Report of the King Institute of Preventive Medicine, Guindy
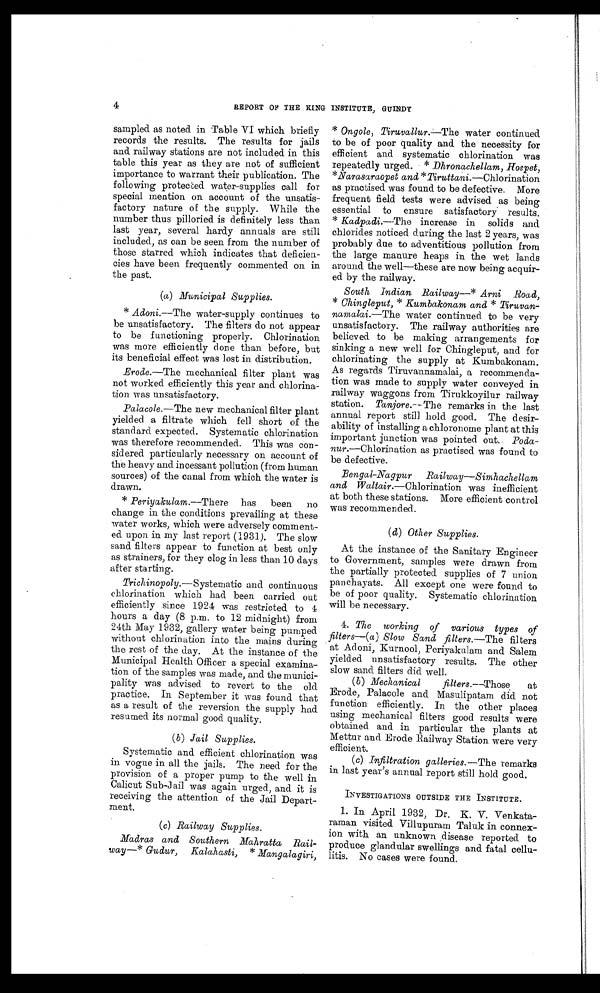
4
REPORT OF THE KING INSTITUTE, GUINDY
sampled as noted in Table VI which briefly
records the results. The results for jails
and railway stations are not included in this
table this year as they are not of sufficient
importance to warrant their publication. The
following protected water-supplies call for
special mention on account of the unsatis
-
factory nature of the supply. While the
number thus pilloried is definitely less than
last year, several hardy annuals are still
included, as can be seen from the number of
those starred which indicates that deficien
-
cies have been frequently commented on in
the past.
(a) Municipal Supplies.
* Adoni .—The water-supply continues to
be unsatisfactory. The filters do not appear
to be functioning properly. Chlorination
was more efficiently done than before, but
its beneficial effect was lost in distribution.
Erode.—The mechanical filter plant was
not worked efficiently this year and chlorina
-
tion was unsatisfactory.
Palacole.— The new mechanical filter plant
yielded a filtrate which fell short of the
standard expected. Systematic chlorination
was therefore recommended. This was con-
sidered particularly necessary on account of
the heavy and incessant pollution (from human
sources) of the canal from which the water is
drawn.
* Periyakulam.—There
has been no
change in the conditions prevailing at these
water works, which were adversely comment-
ed upon in my last report (1931). The slow
sand filters appear to function at best only
as strainers, for they clog in less than 10 days
after starting.
Trichinopoly. —Systematic and continuous
chlorination which had been carried out
efficiently since 1924 was restricted to 4
hours a day (8 p.m. to 12 midnight) from
24th May 1932, gallery water being pumped
without chlorination into the mains during
the rest of the day. At the instance of the
Municipal Health Officer a special examina
-
tion of the samples was made, and the munici
-
pality was advised to revert to the old
practice. In September it was found. that
as a result of the reversion the supply had
resumed its normal good quality.
(b) Jail Supplies.
Systematic and efficient chlorination was
in vogue in all the jails. The need for the
provision of a proper pump to the well in
Calicut Sub-Jail was again urged, and it is
receiving the attention of the Jail Depart
-
ment.
(c) Railway Supplies.
Madras and Southern Mahratta Rail
-
way—* Gudur, Kalahasti, * Mangalagiri,
* Ongole, Tiruvallur .—The water continued
to be of poor quality and the necessity for
efficient and systematic chlorination was
repeatedly urged. * Dhronachellam, Hospet,
* Narasaraopet and * Tiruttani .—Chlorination
as practised was found to be defective. More
frequent field tests were advised as being
essential to ensure satisfactory results.
* Kadpadi.— The increase in solids and
chlorides noticed during the last 2 years, was
probably due to adventitious pollution from
the large manure heaps in the wet lands
around the well—these are now being acquir
-
ed by the railway.
South Indian Railway—* Arni Road,
* Chingleput,* Kumbakonam and * Tiruvan
-
namalai.—The water continued to be very
unsatisfactory. The railway authorities are
believed to be making arrangements for
sinking a new well for Chingleput, and for
chlorinating the supply at Kumbakonam.
As regards Tiruvannamalai, a recommenda
-
tion was made to supply water conveyed in
railway waggons from Tirukkoyilur railway
station. Tanjore.— The remarks in the last
annual report still hold good. The desir
-
ability of installing a chloronome plant at this
important junction was pointed out, Poda
-
nur.—Chlorination as practised was found to
be defective.
Bengal-Nagpur Railway—Simhachellam
and Waltair.—Chlorination was inefficient
at both these stations. More efficient control
was recommended.
( d ) O t h e r S u p p l i e s .
At the instance of the Sanitary Engineer
to Government, samples were drawn from
the partially protected supplies of 7 union
panchayats. All except one were found to
be of poor quality. Systematic chlorination
will be necessary.
4. The working of various types of
filters—(a) Slow Sand filters.—The filters
at Adoni, Kurnool, Periyakulam and Salem
yielded unsatisfactory results. The other
slow sand filters did well.
(b) Mechanical filters.— Those
at
Erode, Palacole and Masulipatam did not
function efficiently. In the other places
using mechanical filters good results were
obtained and in particular the plants at
Mettur and Erode Railway Station were very
efficient.
(c) Infiltration galleries.— The remarks
in last year's annual report still hold good.
INVESTIGATIONS OUTSIDE THE INSTITUTE.
1. In April 1932, Dr. K. V. Venkata
-
raman. visited Villupuram Taluk in connex
-
ion with an unknown disease reported to
produce glandular swellings and fatal cellu
-
litis. No cases were found.